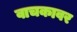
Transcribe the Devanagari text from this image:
वाचकावर